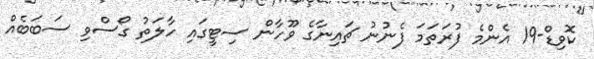
ކޮވިޑް-19 އެންމެ ފުރަތަމަ ފެނުނު ޗައިނާގެ ވޫހާން ސިޓީގައި ހާލަތު ގޯސްވި ސަބަބެއް